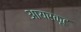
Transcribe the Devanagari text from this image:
आयरकूट